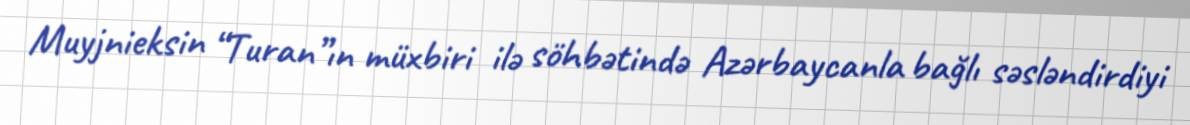
Muyjnieksin “Turan”ın müxbiri ilə söhbətində Azərbaycanla bağlı səsləndirdiyi